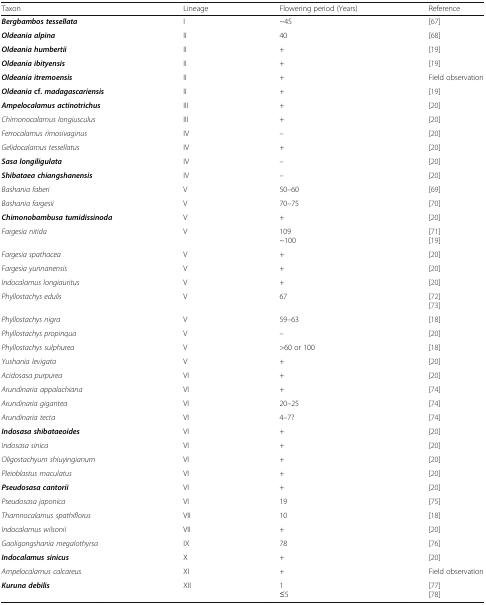
| Taxon | Lineage | Flowering period (Years) | Reference |
 | --- | --- | --- | --- |
 | Bergbambos tessellata | I | ~45 | [67] |
 | Oldeania alpina | II | 40 | [68] |
 | Oldeania humbertii | II | + | [19] |
 | Oldeania ibityensis | II | + | [19] |
 | Oldeania itremoensis | II | + | Field observation |
 | Oldeaniacf.madagascariensis | II | + | [19] |
 | Ampelocalamus actinotrichus | III | + | [20] |
 | Chimonocalamus longiusculus | III | + | [20] |
 | Ferrocalamus rimosivaginus | IV | – | [20] |
 | Gelidocalamus tessellatus | IV | + | [20] |
 | Sasa longiligulata | IV | – | [20] |
 | Shibataea chiangshanensis | IV | – | [20] |
 | Bashania faberi | V | 50–60 | [69] |
 | Bashania fargesii | V | 70–75 | [70] |
 | Chimonobambusa tumidissinoda | V | + | [20] |
 | Fargesia nitida | V | 109~100 | [71][19] |
 | Fargesia spathacea | V | + | [20] |
 | Fargesia yunnanensis | V | + | [20] |
 | Indocalamus longiauritus | V | + | [20] |
 | Phyllostachys edulis | V | 67 | [72][73] |
 | Phyllostachys nigra | V | 59–63 | [18] |
 | Phyllostachys propinqua | V | – | [20] |
 | Phyllostachys sulphurea | V | >60 or 100 | [18] |
 | Yushania levigata | V | + | [20] |
 | Acidosasa purpurea | VI | + | [20] |
 | Arundinaria appalachiana | VI | + | [74] |
 | Arundinaria gigantea | VI | 20–25 | [74] |
 | Arundinaria tecta | VI | 4–7? | [74] |
 | Indosasa shibataeoides | VI | + | [20] |
 | Indosasa sinica | VI | + | [20] |
 | Oligostachyum shiuyingianum | VI | + | [20] |
 | Pleioblastus maculatus | VI | + | [20] |
 | Pseudosasa cantorii | VI | + | [20] |
 | Pseudosasa japonica | VI | 19 | [75] |
 | Thamnocalamus spathiflorus | VII | 10 | [18] |
 | Indocalamus wilsonii | VII | + | [20] |
 | Gaoligongshania megalothyrsa | IX | 78 | [76] |
 | Indocalamus sinicus | X | + | [20] |
 | Ampelocalamus calcareus | XI | + | Field observation |
 | Kuruna debilis | XII | 1≤5 | [77][78] |